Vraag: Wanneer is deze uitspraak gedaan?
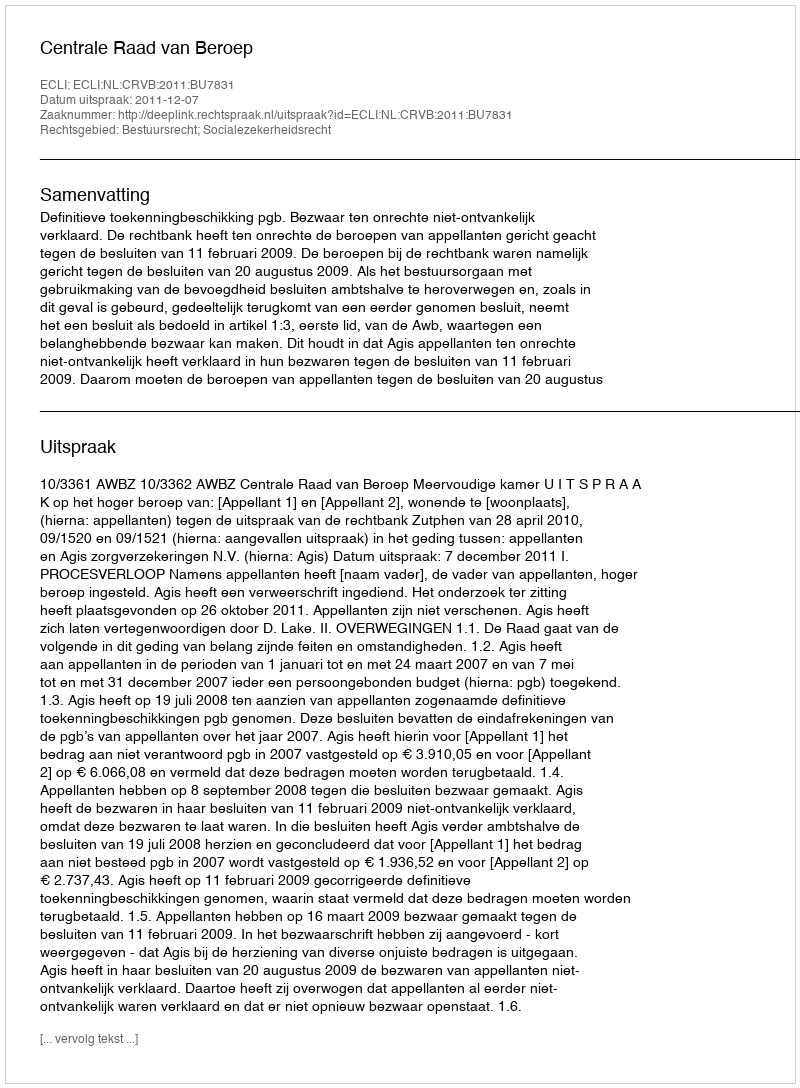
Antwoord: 2011-12-07